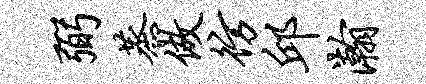
弼蒸做彷邱瀚